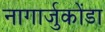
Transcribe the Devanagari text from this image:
नागार्जुकोंडा